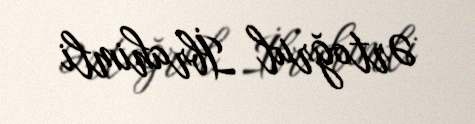
Ərtoğrul İbrahimli